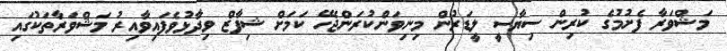
މަޝްވަރާ ފެށުމުގެ ކުރިން ސިޔާސީ ލީޑަރުން މިނިވަންކުރަންޖެހޭ ކަމަށް ޝިފާޒް ވިދާޅުވެފައިވާއިރު މަޝްވަރާތަކުގައި